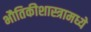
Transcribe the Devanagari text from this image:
भौतिकीशास्त्रामध्ये